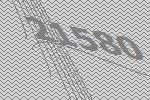
21580